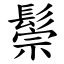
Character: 鬃